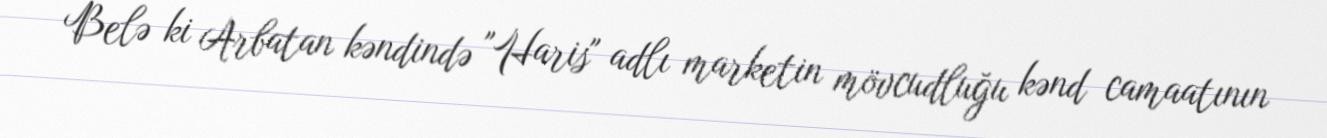
Belə ki Arbatan kəndində "Haris" adlı marketin mövcudluğu kənd camaatının